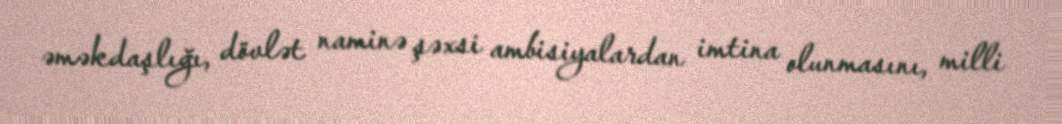
əməkdaşlığı, dövlət naminə şəxsi ambisiyalardan imtina olunmasını, milli